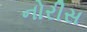
નોરીસ